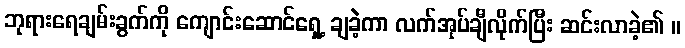
ဘုရားရေချမ်းခွက်ကို ကျောင်းဆောင်ရှေ့ ချခဲ့ကာ လက်အုပ်ချီလိုက်ပြီး ဆင်းလာခဲ့၏ ။